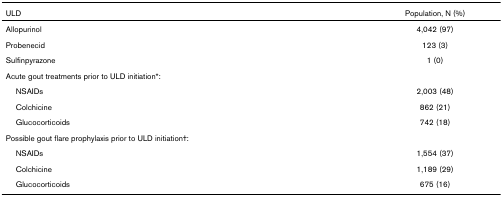
<table><thead><tr><td><b>ULD</b></td><td><b>Population, N (%)</b></td></tr></thead><tbody><tr><td>Allopurinol</td><td>4,042 (97)</td></tr><tr><td>Probenecid</td><td>123 (3)</td></tr><tr><td>Sulfinpyrazone</td><td>1 (0)</td></tr><tr><td>Acute gout treatments prior to ULD initiation*:</td><td></td></tr><tr><td> NSAIDs</td><td>2,003 (48)</td></tr><tr><td> Colchicine</td><td>862 (21)</td></tr><tr><td> Glucocorticoids</td><td>742 (18)</td></tr><tr><td>Possible gout flare prophylaxis prior to ULD initiation†:</td><td></td></tr><tr><td> NSAIDs</td><td>1,554 (37)</td></tr><tr><td> Colchicine</td><td>1,189 (29)</td></tr><tr><td> Glucocorticoids</td><td>675 (16)</td></tr></tbody></table>